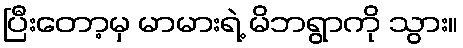
ပြီးတော့မှ မာမားရဲ့ မိဘရွာကို သွား။